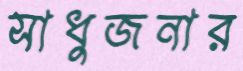
সাধুজনার